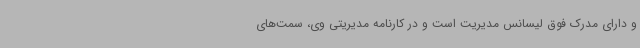
و دارای مدرک فوق لیسانس مدیریت است و در کارنامه مدیریتی وی، سمت‌های